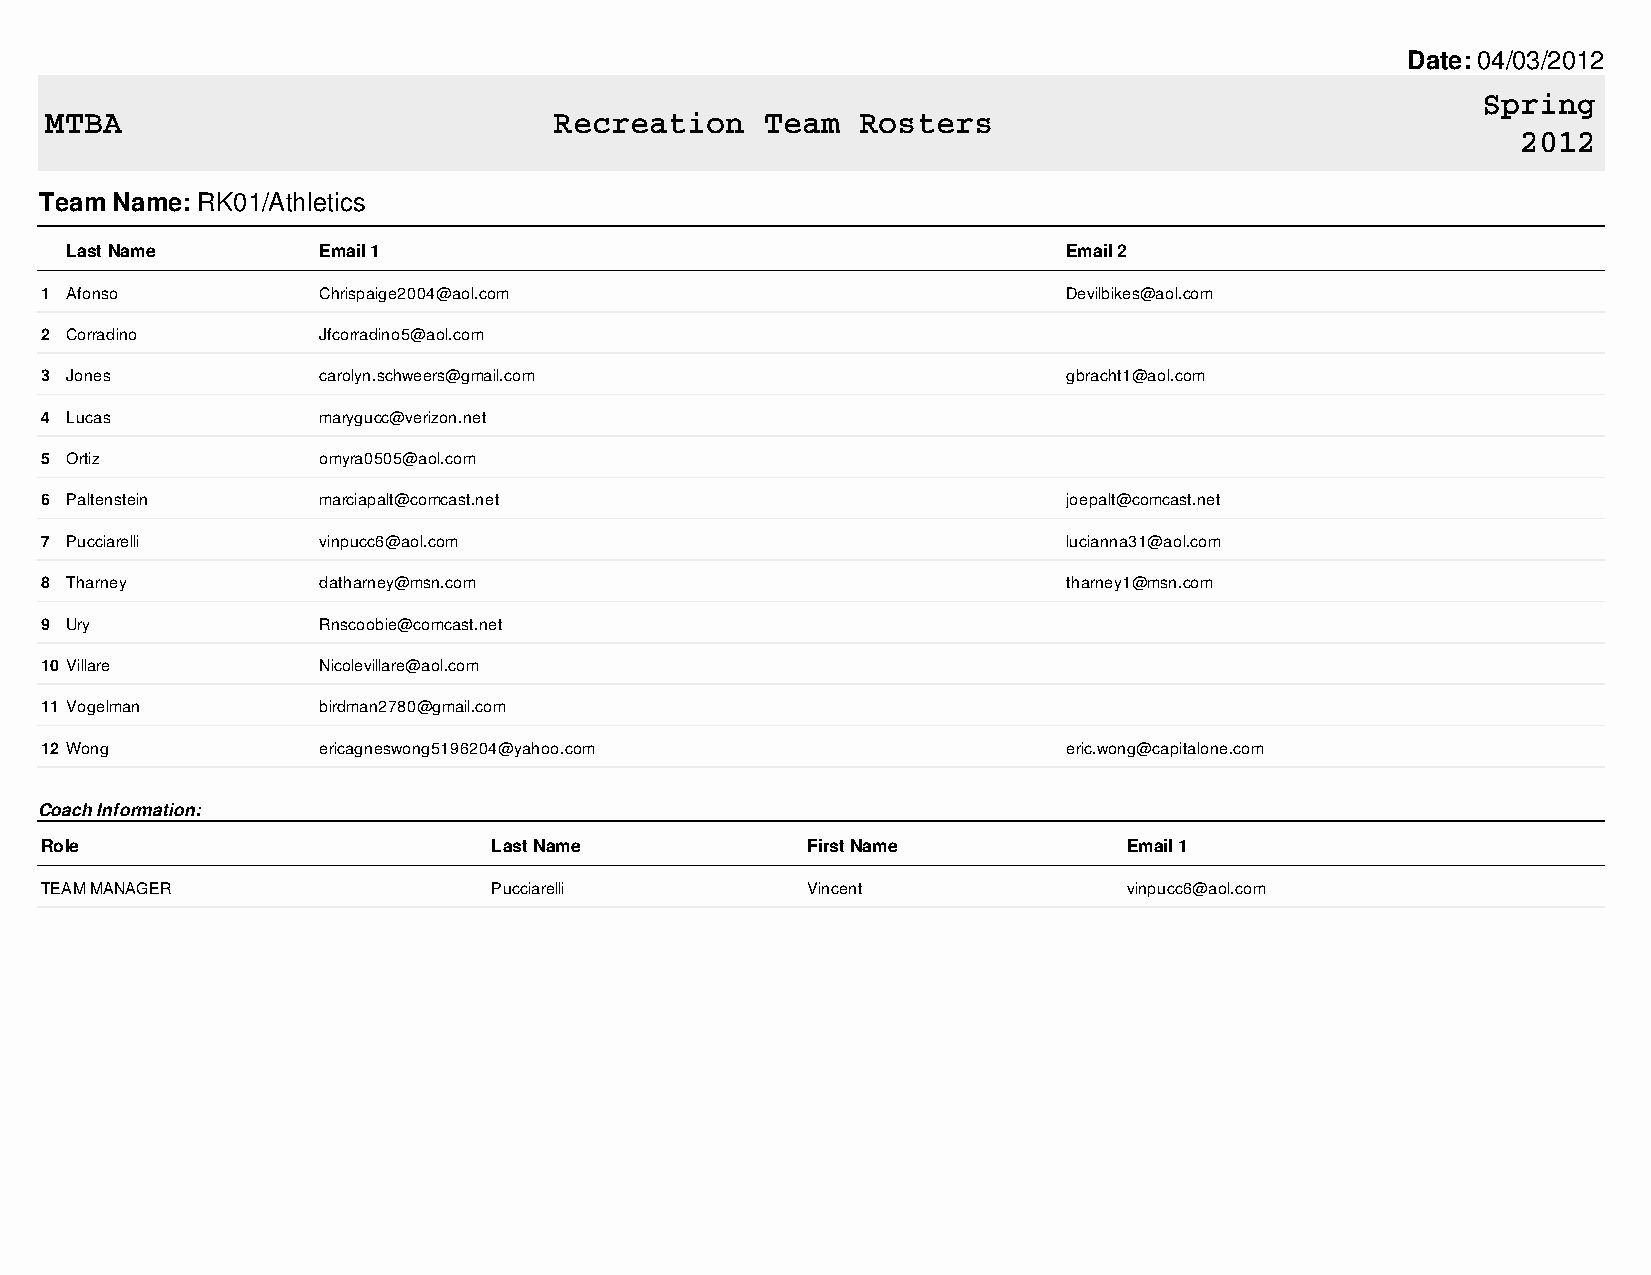
Date: 04/03/2012
 Spring
 MTBA                              Recreation    Team  Rosters
 2012
 Team Name: RK01/Athletics
 Last Name        Email 1                                           Email 2
 1 Afonso          Chrispaige2004@aol.com                            Devilbikes@aol.com
 2 Corradino       Jfcorradino5@aol.com
 3 Jones           carolyn.schweers@gmail.com                        gbracht1@aol.com
 4 Lucas           marygucc@verizon.net
 5 Ortiz           omyra0505@aol.com
 6 Paltenstein     marciapalt@comcast.net                            joepalt@comcast.net
 7 Pucciarelli     vinpucc6@aol.com                                  lucianna31@aol.com
 8 Tharney         datharney@msn.com                                 tharney1@msn.com
 9 Ury             Rnscoobie@comcast.net
 10 Villare        Nicolevillare@aol.com
 11 Vogelman       birdman2780@gmail.com
 12 Wong           ericagneswong5196204@yahoo.com                    eric.wong@capitalone.com
 Coach Information:
 Role                          Last Name           First Name            Email 1
 TEAM MANAGER                  Pucciarelli         Vincent               vinpucc6@aol.com